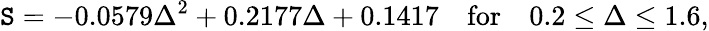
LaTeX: \mathtt{S}=-0.0579\Delta^{2}+0.2177\Delta+0.1417\quad\textrm{{for}}\quad0.2\leq\Delta\leq1.6,